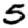
Digit: 5